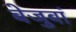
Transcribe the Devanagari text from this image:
बेजुबां